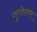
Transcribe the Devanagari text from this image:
गुप्‍तेश्‍वर